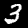
Digit: 3